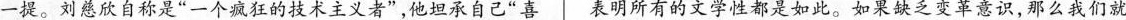
一提。刘慈欣自称是“一个狂的技术主义者”，他承自己“喜 表明所有的文学性都是如此。如果缺乏变革意识，那么我们就